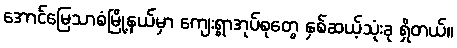
အောင်မြေသာစံမြို့နယ်မှာ ကျေးရွာအုပ်စုတွေ နှစ်ဆယ့်သုံးခု ရှိတယ်။